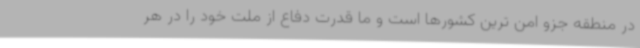
در منطقه جزو امن ترین کشورها است و ما قدرت دفاع از ملت خود را در هر